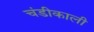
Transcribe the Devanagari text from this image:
चंडीकाली